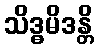
သိဒ္ဓမိဒန္တိ